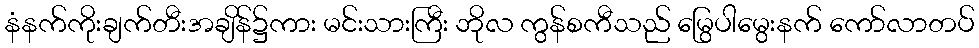
နံနက်ကိုးချက်တီးအချိန်၌ကား မင်းသားကြီး ဘိုလ ကွန်စကီသည် မြွေပါမွေးနက် ကော်လာတပ်